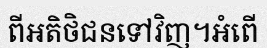
ពីអតិថិជនទៅវិញ។អំពើ